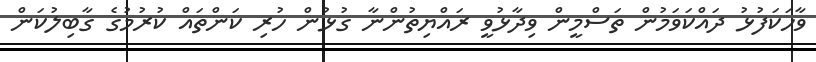
ވާހަކަފުޅު ދައްކަވަމުން ތަސްމީން ވިދާޅުވީ ރައްޔިތުންނާ ގުޅުން ހުރި ކަންތައް ކުރުމުގެ ގާބިލުކަން